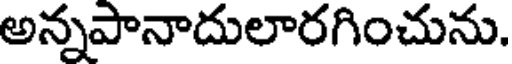
అన్నపానాదులారగించును.